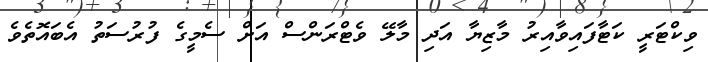
ވިކްޓަރީ ކަޓާފައިވާއިރު މާޒިޔާ އަދި މާލޭ ވެޓްރަންސް އަށް ސެމީގެ ފުރުސަތު އެބައޮތެވެ